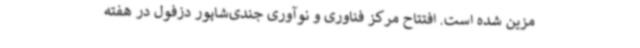
مزین شده است. افتتاح مرکز فناوری و نوآوری جندی‌شاپور دزفول در هفته